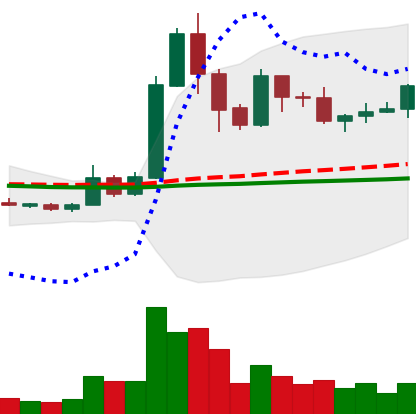
Ticker: XRP-USD
Chart end date: 2019-05-26
Forward return: 7.385%
Label: up_7plus